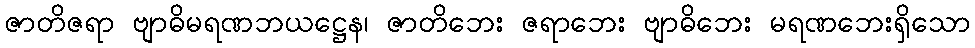
ဇာတိဇရာ ဗျာဓိမရဏဘယဋ္ဌေန၊ ဇာတိဘေး ဇရာဘေး ဗျာဓိဘေး မရဏဘေးရှိသော